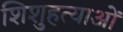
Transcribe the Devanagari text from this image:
शिशुहत्याओं